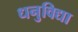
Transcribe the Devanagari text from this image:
धनुविद्या